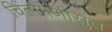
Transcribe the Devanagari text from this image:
चिंतामणीसुत